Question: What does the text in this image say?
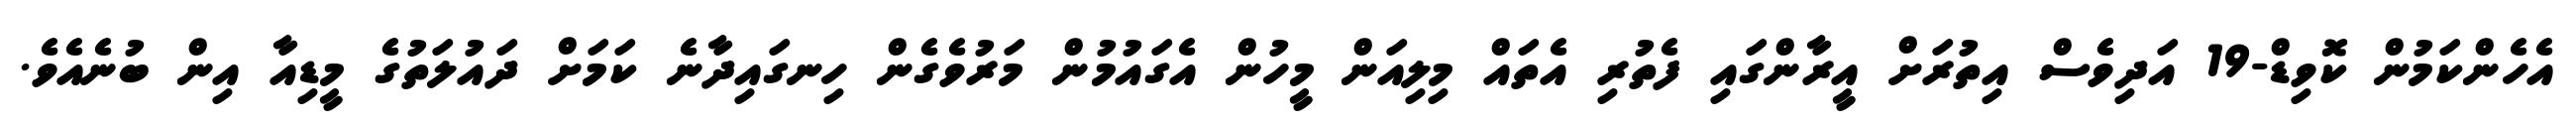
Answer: އެހެންކަމުން ކޮވިޑް-19 އަދިވެސް އިތުރަށް އީރާންގައި ފެތުރި އެތައް މިލިއަން މީހުން އެގައުމުން މަރުވެގެން ހިނގައިދާނެ ކަމަށް ދައުލަތުގެ މީޑިއާ އިން ބުނެއެވެ.